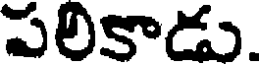
పలికాడు.